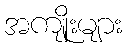
အကျိုးများ